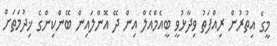
މީގެ އިތުރުން ރިއްފަތު ވިދާޅުވީ ބީއެމްއެލް އިން ދޭ އޮންލައިން ބޭންކިންގެ ޚިދުމަތަށް